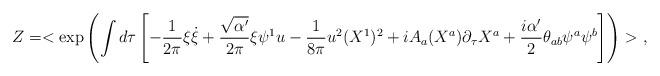
LaTeX: \begin{align*}Z=<\exp\left(\int d\tau\left[ -\frac{1}{2\pi}\xi\dot{\xi}+\frac{\sqrt{\alpha'}}{2\pi}\xi \psi^1u-\frac{1}{8\pi}u^2 (X^1)^2+iA_a(X^a)\partial_{\tau}X^a +\frac{i\alpha'}{2}\theta_{ab}\psi^a\psi^b\right]\right)> \ ,\end{align*}